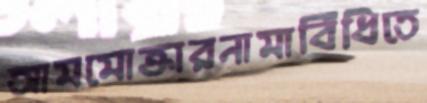
আমমোক্তারনামাবিঁধিতে